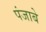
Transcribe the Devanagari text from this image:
पंजाबे